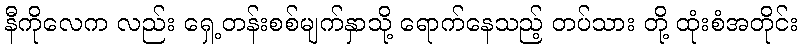
နီကိုလေက လည်း ရှေ့တန်းစစ်မျက်နှာသို့ ရောက်နေသည့် တပ်သား တို့ ထုံးစံအတိုင်း